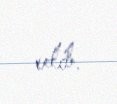
edib.